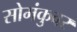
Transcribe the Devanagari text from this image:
सोमंकुवर